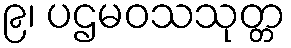
၉၊ ပဌမဝသသုတ္တ